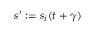
s ^ { \prime } : = s _ { i } ( t + \gamma )